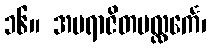
၁၆။ အပရာဇိတပလ္လင်္ကေ၊